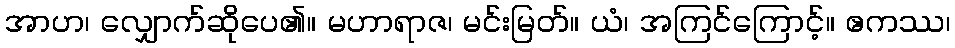
အာဟ၊ လျှောက်ဆိုပေ၏။ မဟာရာဇ၊ မင်းမြတ်။ ယံ၊ အကြင်ကြောင့်။ ဧကဿ၊